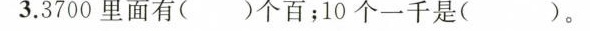
3.3700里面有()个百；10个一千是()。